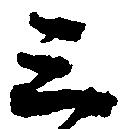
三